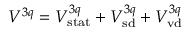
V ^ { 3 q } = V _ { \mathrm { s t a t } } ^ { 3 q } + V _ { \mathrm { s d } } ^ { 3 q } + V _ { \mathrm { v d } } ^ { 3 q }